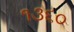
૧૩૬૦